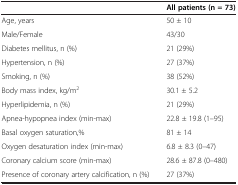
|  | All patients (n = 73) |
 | --- | --- |
 | Age, years | 50 ± 10 |
 | Male/Female | 43/30 |
 | Diabetes mellitus, n (%) | 21 (29%) |
 | Hypertension, n (%) | 27 (37%) |
 | Smoking, n (%) | 38 (52%) |
 | Body mass index, kg/m2 | 30.1 ± 5.2 |
 | Hyperlipidemia, n (%) | 21 (29%) |
 | Apnea-hypopnea index (min-max) | 22.8 ± 19.8 (1–95) |
 | Basal oxygen saturation,% | 81 ± 14 |
 | Oxygen desaturation index (min-max) | 6.8 ± 8.3 (0–47) |
 | Coronary calcium score (min-max) | 28.6 ± 87.8 (0–480) |
 | Presence of coronary artery calcification, n (%) | 27 (37%) |